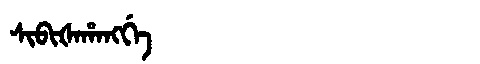
Manchu: ᠰᡳᠪᡳᡧᠠᡥᠠᠩᡤᡝ
Romanization: SIBIŠAHANGGE